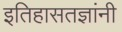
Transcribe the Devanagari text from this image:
इतिहासतज्ञांनी